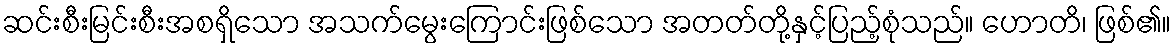
ဆင်းစီးမြင်းစီးအစရှိသော အသက်မွေးကြောင်းဖြစ်သော အတတ်တို့နှင့်ပြည့်စုံသည်။ ဟောတိ၊ ဖြစ်၏။